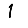
Digit: 1